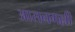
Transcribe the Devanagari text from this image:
आसनगल्ली